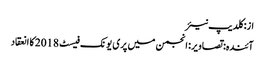
از: کلدیپ نیئر
آئندہ: تصاویر: انجمن میں پری یونک فیسٹ 2018 کا انعقاد